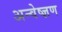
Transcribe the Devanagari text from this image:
अन्वेष्ज्ञण